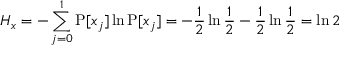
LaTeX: H _ { x } = - \sum _ { j = 0 } ^ { 1 } \operatorname { P } [ x _ { j } ] \ln \operatorname { P } [ x _ { j } ] = - { \frac { 1 } { 2 } } \ln { \frac { 1 } { 2 } } - { \frac { 1 } { 2 } } \ln { \frac { 1 } { 2 } } = \ln 2